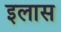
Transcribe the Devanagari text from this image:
इलास